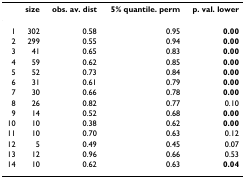
<table><thead><tr><td>[EMPTY_CELL]</td><td><b>size</b></td><td><b>obs. av. dist</b></td><td><b>5% quantile. perm</b></td><td><b>p. val. lower</b></td></tr></thead><tbody><tr><td>1</td><td>302</td><td>0.58</td><td>0.95</td><td><b>0.00</b></td></tr><tr><td>2</td><td>299</td><td>0.55</td><td>0.94</td><td><b>0.00</b></td></tr><tr><td>3</td><td>41</td><td>0.65</td><td>0.83</td><td><b>0.00</b></td></tr><tr><td>4</td><td>59</td><td>0.62</td><td>0.85</td><td><b>0.00</b></td></tr><tr><td>5</td><td>52</td><td>0.73</td><td>0.84</td><td><b>0.00</b></td></tr><tr><td>6</td><td>31</td><td>0.61</td><td>0.79</td><td><b>0.00</b></td></tr><tr><td>7</td><td>30</td><td>0.66</td><td>0.78</td><td><b>0.00</b></td></tr><tr><td>8</td><td>26</td><td>0.82</td><td>0.77</td><td>0.10</td></tr><tr><td>9</td><td>14</td><td>0.52</td><td>0.68</td><td><b>0.00</b></td></tr><tr><td>10</td><td>10</td><td>0.38</td><td>0.62</td><td><b>0.00</b></td></tr><tr><td>11</td><td>10</td><td>0.70</td><td>0.63</td><td>0.12</td></tr><tr><td>12</td><td>5</td><td>0.49</td><td>0.45</td><td>0.07</td></tr><tr><td>13</td><td>12</td><td>0.96</td><td>0.66</td><td>0.53</td></tr><tr><td>14</td><td>10</td><td>0.62</td><td>0.63</td><td><b>0.04</b></td></tr></tbody></table>